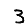
Digit: 3